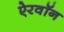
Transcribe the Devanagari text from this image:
ऐरवॉन